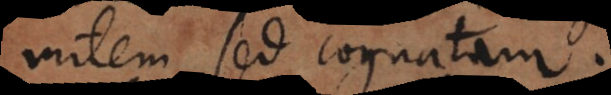
milem, sed cognatam.